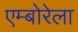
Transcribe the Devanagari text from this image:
एम्बोरेला